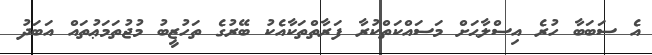
އެ ސަބަބާ ހުރެ އިސްލާޙަށް މަސައްކަތްކުރާ ފަރާތްތަކާއެކު ބޭރުގެ ތަހުޒީބު މުޖުތަމަޢުތައް އަބަދު